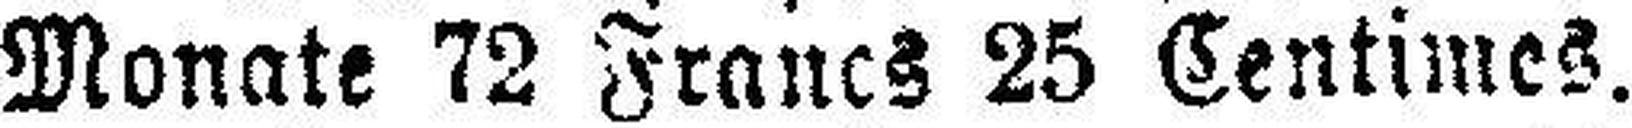
Monate 72 Francs 25 Centimes.